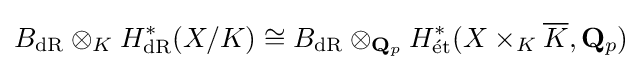
B_{\mathrm {dR} }\otimes _{K}H_{\mathrm {dR} }^{\ast }(X/K)\cong B_{\mathrm {dR} }\otimes _{\mathbf {Q} _{p}}H_{\mathrm {{\acute {e}}t} }^{\ast }(X\times _{K}{\overline {K}},\mathbf {Q} _{p})